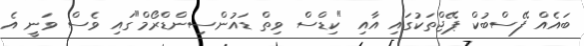
ބައެއް ފޭސްބުކް ޕޭޖްތަކުގައި އާއި "ކިޑްސް ވިތް ޑައުންސިންޑްރޯމް"ގައި ވެސް ވަނީ އެ